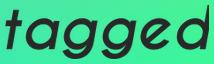
tagged